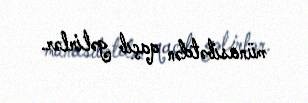
münasibətdən qaçıb gəlirlər.